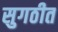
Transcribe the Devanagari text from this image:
सुगठीत